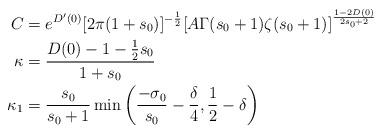
LaTeX: \begin{align*}C&= e^{D'(0)}[2\pi(1+s_0)]^{-\frac{1}{2}}[A\Gamma(s_0+1)\zeta(s_0+1)]^\frac{1-2D(0)}{2s_0+2} \\\kappa &=\frac{D(0)-1-\frac{1}{2}s_0 }{1+s_0} \\\kappa_1 &=\frac{s_0}{s_0+1}\min \left(\frac{-\sigma_0}{s_0}-\frac{\delta}{4}, \frac{1}{2}-\delta \right)\end{align*}